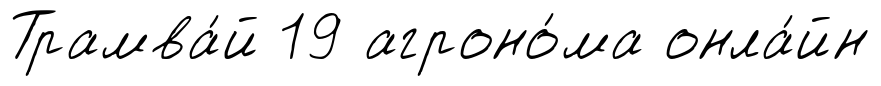
Трамва́й 19 агроно́ма онла́йн